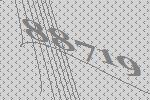
88719